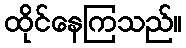
ထိုင်နေကြသည်။